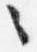
々